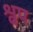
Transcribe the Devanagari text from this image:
श्वप